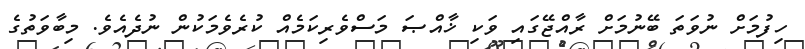
ހިފުމަށް ނުވަތަ ބޭނުމަށް ރާއްޖޭގައި ވަކި ޚާއްޞަ މަސްވެރިކަމެއް ކުރެވެމަކުން ނުދެއެވެ. މިބާވަތުގެ